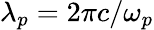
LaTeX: \lambda_{p}=2\pi c/\omega_{p}